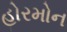
હોરમોન